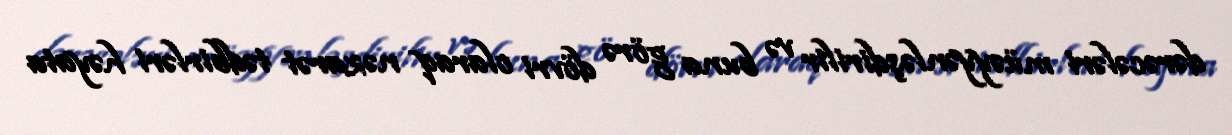
dərəcələri müəyyənləşdirilir və buna görə dövri olaraq nəzarət tədbirləri həyata